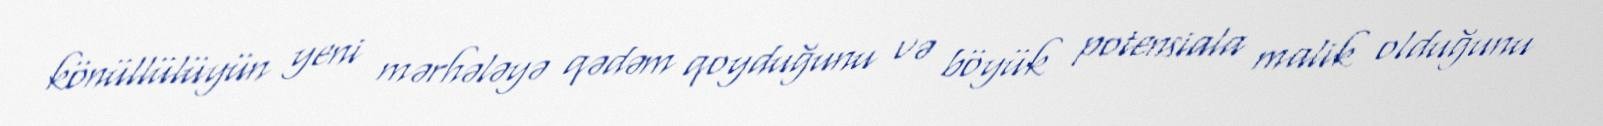
könüllülüyün yeni mərhələyə qədəm qoyduğunu və böyük potensiala malik olduğunu